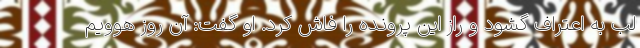
لب به اعتراف گشود و راز این پرونده را فاش کرد. او گفت: آن روز هوویم